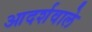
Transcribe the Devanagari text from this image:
आदर्शवाले